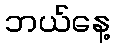
ဘယ်နေ့